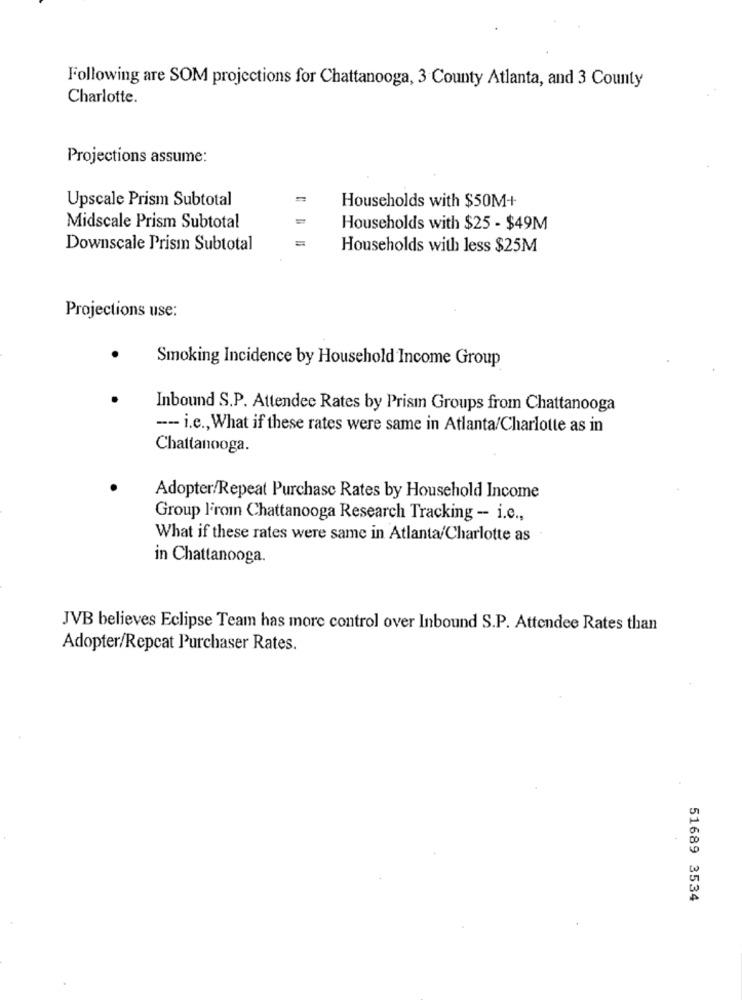
Following are SOM projections for Chattanooga, 3 County Atlanta, and 3 County
Charlotte.
Projections assume:
Upscale Prism Subtotal
Households with $50M+
Midscale Prism Subtotal
Households with $25 - $49M
Downscale Prism Subtotal
Households with less $25M
Projections use:
Smoking Incidence by Household Income Group
Inbound S.P. Attendee Rates by Prism Groups from Chattanooga
-- i.c ., What if these rates were same in Atlanta/Charlotte as in
Chattanooga.
Adopter/Repeat Purchase Rates by Household Income
Group From Chattanooga Research Tracking - i.c .,
What if these rates were same in Atlanta/Charlotte as
in Chattanooga.
JVB believes Eclipse Team has more control over Inbound S.P. Attendee Rates than
Adopter/Repcat Purchaser Rates.
51689 3534